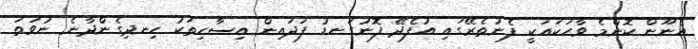
އެނޫން ކޮންމެ ވާހަކައަކީ ފެނުތެރޭގައި އުފެދޭ ފޮނުގަނޑު ފަދައިން އިސާހިތަކު ހިނދިގެންދާނެ ނުވަތަ